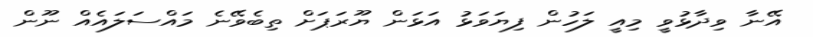
އޭނާ ވިދާޅުވީ މިއީ ލަހުން ފިޔަވަޅު އަޅަން ޔޫރަޕަށް ތިބެވޭނެ މައްސަލައެއް ނޫން